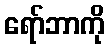
ရော်ဘာကို